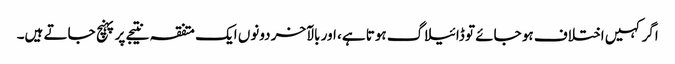
اگر کہیں اختلاف ہو جائے تو ڈائیلاگ ہوتا ہے، اور بالآخر دونوں ایک متفقہ نتیجے پر پہنچ جاتے ہیں۔